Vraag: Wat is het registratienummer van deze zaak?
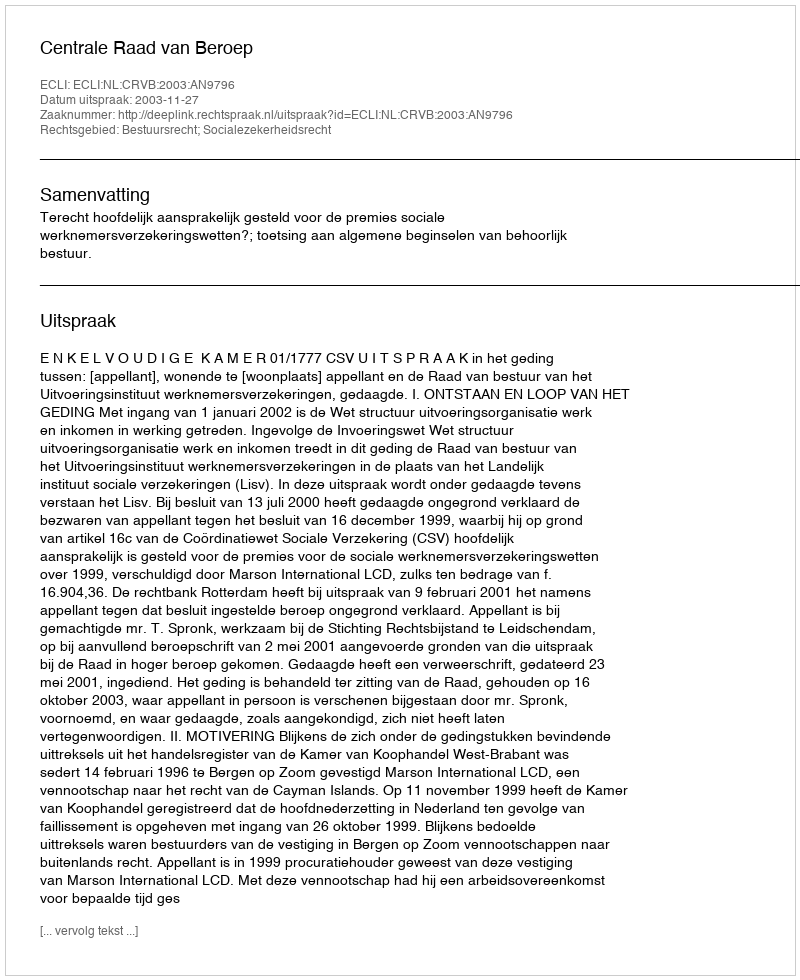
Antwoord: http://deeplink.rechtspraak.nl/uitspraak?id=ECLI:NL:CRVB:2003:AN9796